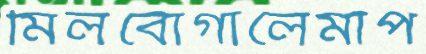
মিলবোগালেমাপ